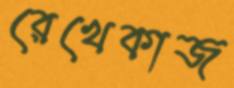
রেখেকাজ